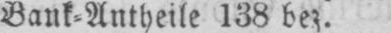
Bank⸗Antheile 138 bez.